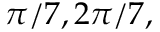
\pi / 7 , 2 \pi / 7 ,